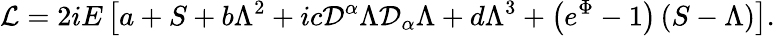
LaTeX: {\mathcal{L}}=2iE\left[a+S+b\Lambda^{2}+ic{\mathcal{D}}^{\alpha}\Lambda{\mathcal{D}}_{\alpha}\Lambda+d\Lambda^{3}+\left(e^{\Phi}-1\right)\left(S-\Lambda\right)\right].